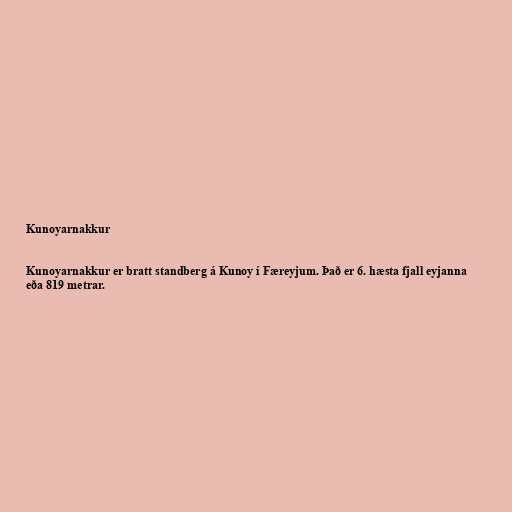
Kunoyarnakkur

Kunoyarnakkur er bratt standberg á Kunoy í Færeyjum. Það er 6. hæsta fjall eyjanna
eða 819 metrar.